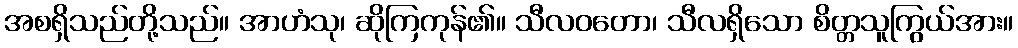
အစရှိသည်တို့သည်။ အာဟံသု၊ ဆိုကြကုန်၏။ သီလဝတော၊ သီလရှိသော စိတ္တသူကြွယ်အား။